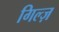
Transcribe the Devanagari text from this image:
गिल्ज़